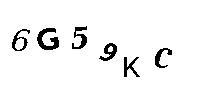
6G59KC